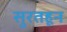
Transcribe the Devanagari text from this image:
सुरतहून